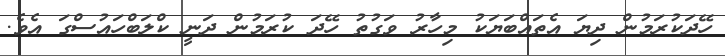
ހޭދަކުރަމުން ދިޔަ އެތައްބަޔަކު މިހާރު ވަގުތު ހޭދަ ކުރަމުން ދަނީ ކްލަބްހައުސްގަ އެވެ.